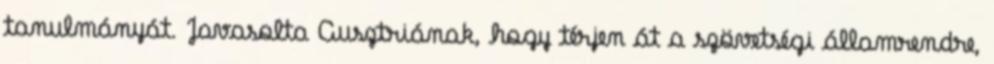
tanulmányát. Javasolta Ausztriának, hogy térjen át a szövetségi államrendre,